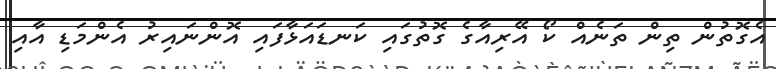
އެގޮތުން ތިން ތަނެއް ކޯ އޭރިއާގެ ގޮތުގައި ކަނޑައަޅާފައި އޮންނައިރު އެންމަޑި އާއި